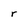
Character: r